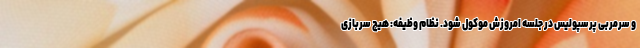
و سرمربی پرسپولیس در جلسه امروزش موکول شود. نظام وظیفه: هیچ سربازی